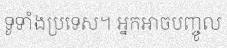
ទូទាំងប្រទេស។ អ្នកអាចបញ្ចូល